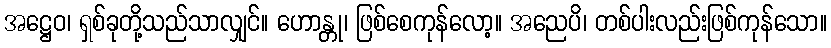
အဋ္ဌေဝ၊ ရှစ်ခုတို့သည်သာလျှင်။ ဟောန္တု၊ ဖြစ်စေကုန်လော့။ အညေပိ၊ တစ်ပါးလည်းဖြစ်ကုန်သော။